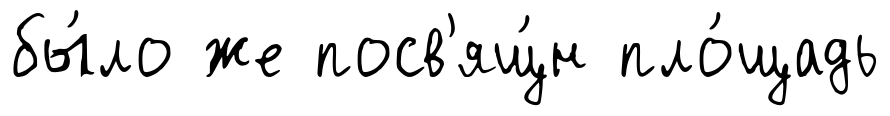
бы́ло же посв'ящ́н пло́щадь